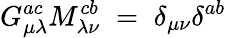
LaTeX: G_{\mu\lambda}^{ac}M_{\lambda\nu}^{cb}\; =\; \delta_{\mu\nu}\delta^{ab}